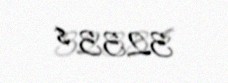
3233 $